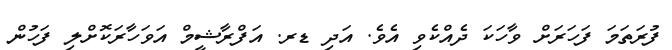
ފުރަތަމަ ފަހަރަށް ވާހަކަ ދެއްކެވި އެވެ. އަދި ޑރ. އަފްރާޝީމް އަވަހާރަކޮށްލި ފަހުން